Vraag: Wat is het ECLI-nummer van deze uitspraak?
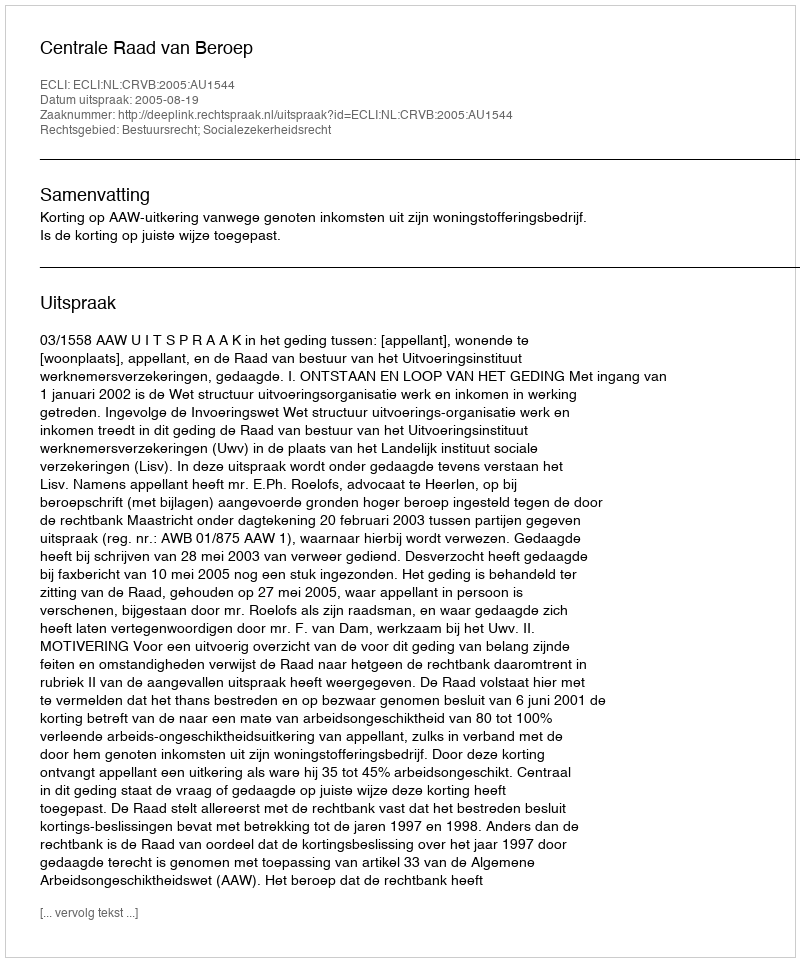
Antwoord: ECLI:NL:CRVB:2005:AU1544